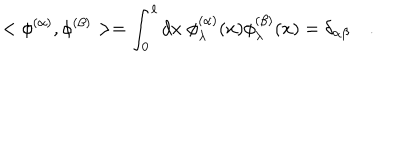
LaTeX: < \phi ^ { ( \alpha ) } , \phi ^ { ( \beta ) } > = \int _ { 0 } ^ { \ell } d x \; \phi _ { \lambda } ^ { ( \alpha ) } ( x ) \phi _ { \lambda } ^ { ( \beta ) } ( x ) = \delta _ { \alpha \beta } \quad .